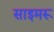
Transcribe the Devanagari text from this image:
साइमरू